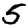
Digit: 5